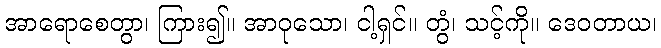
အာရောစေတွာ၊ ကြား၍။ အာဝုသော၊ ငါ့ရှင်။ တွံ၊ သင့်ကို။ ဒေဝတာယ၊